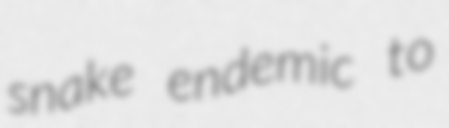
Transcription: snake endemic to